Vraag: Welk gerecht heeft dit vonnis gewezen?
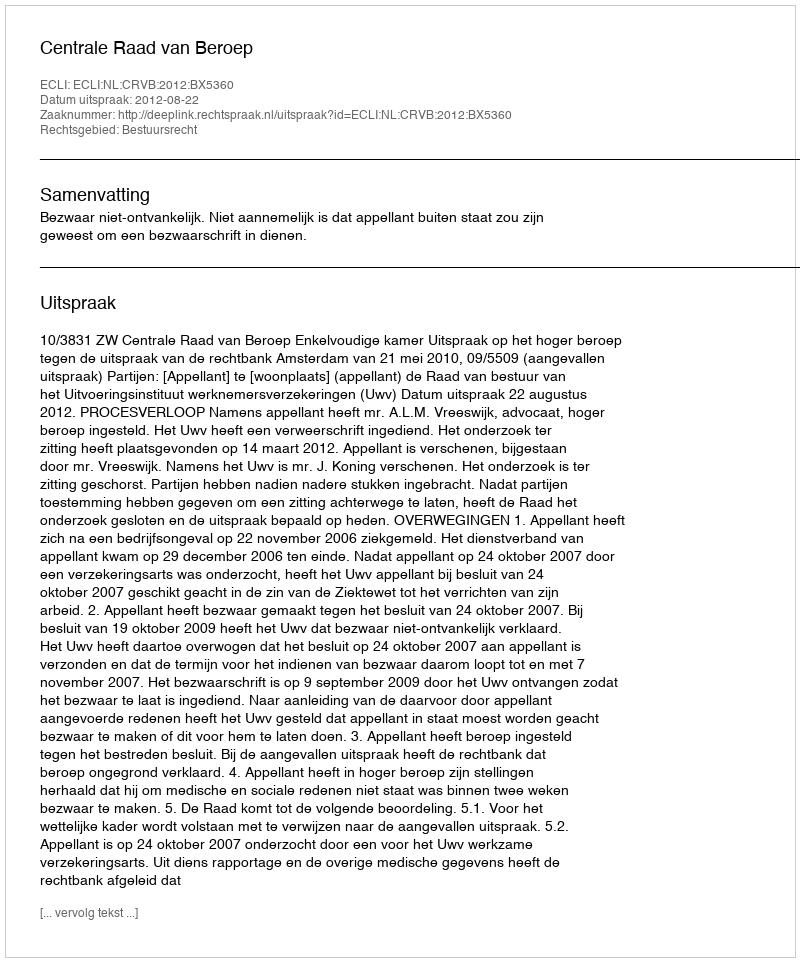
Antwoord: Centrale Raad van Beroep